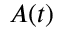
A ( t )